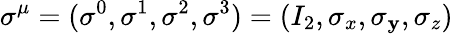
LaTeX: \sigma^{\mu}=(\sigma^{0},\sigma^{1},\sigma^{2},\sigma^{3})=(I_{2},\sigma_{x},\sigma_{\mathbf{y}},\sigma_{z})